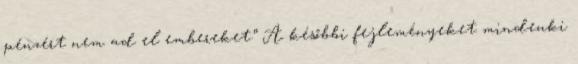
pénzért nem ad el embereket.” A későbbi fejleményeket mindenki